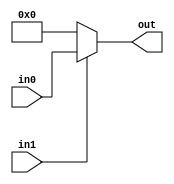
//Modulo de 8AND2:
//Entradas: 	
//		in0: entrada 0
//		in1: entrada 1
//Saidas:	
//		out: saida
module nR_8AND2(in0,in1,out);
	input[7:0] in0;
	input in1;
	output reg[7:0] out;
	always@(*)
	 if(in1)
	   out<=in0;
	 else
	   out<=0;
endmodule